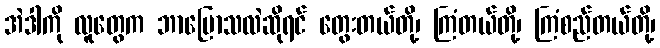
အဲဒါကို လူတွေက ဘာပြောသလဲဆိုရင် တွေးတယ်တို့၊ ကြံတယ်တို့၊ ကြံစည်တယ်တို့၊